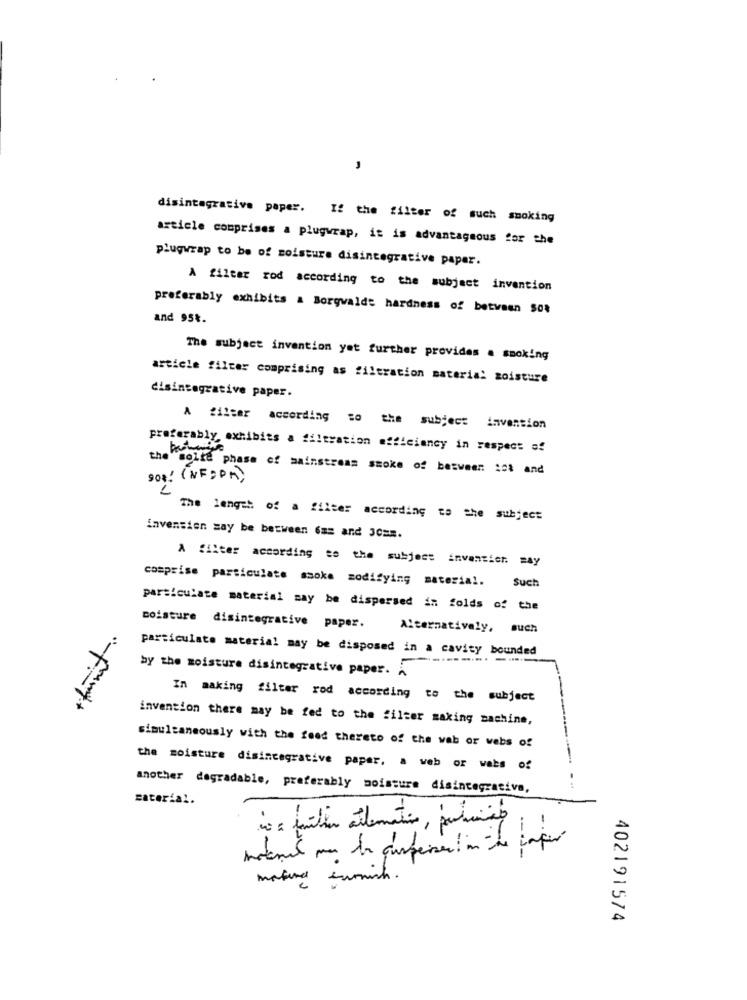
,
disintegrative paper. If the filter of such smoking
article comprises a plugwrap, it is advantageous for the
plugwrap to be of moisture disintegrative paper.
A filter rod according to the subject invention
preferably exhibits & Borgwalde hardness of between $0%
and 95%.
The subject invention yet further provides a smoking
article filter comprising as filtration material moisture
disintegrative paper.
A filter according to the subject invention
preferably, exhibits a filtration efficiency in respect s!
the solte phase of mainstream smoke of between iot and
908! ( NFCPK)
L
The length of a filter according to the subject
invension zay be between 6ms and 3C ==.
A filter according to the subject inventier. may
comprise particulate smoke modifying material.
Such
particulate material may be dispersed in folds of the
coisture disintegrative paper.
Alternatively, such
particulate material may be disposed in a cavity bounded
by the moisture disintegrative paper.
In making filter rod according to the subject
invention there may be fed to the filter making machine,
simultaneously with the food thereto of the wab or webs of
the moisture disintegrative paper, a web or wats of
another degradable, preferably moisture disintegrative,
material.
internal mas te quspeisen ! in the corpus
mature sumich.
402191574